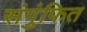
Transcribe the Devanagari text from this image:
संगुंफित